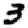
Digit: 3